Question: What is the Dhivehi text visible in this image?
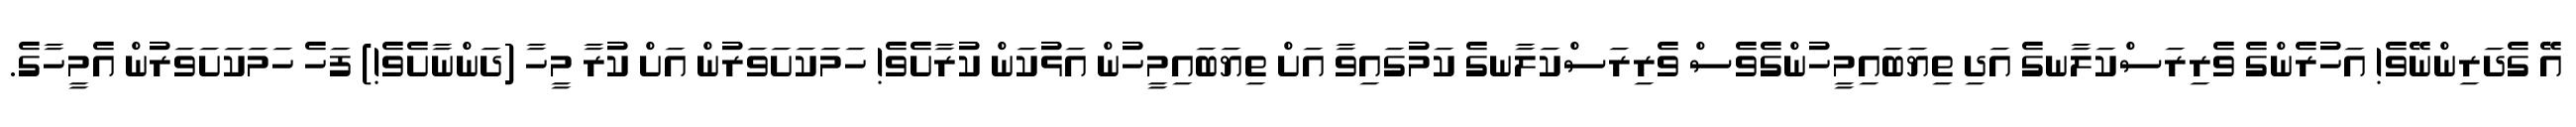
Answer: އޭ ގެދަރިންނޭވެ! އަހުރެންގެ ވެރިރަސްކަލާނގެ އަދި ތިޔަބައިމީހުންގެވެސް ވެރިރަސްކަލާނގެ ކަމުގައިވާ އަށް ތިޔަބައިމީހުން އަޅުކަން ކުރާށެވެ! ހަމަކަށަވަރުން އަށް ކުރާ މީހާ (ދަންނާށެވެ!) ފަހެ ހަމަކަށަވަރުން އެމީހާގެ.